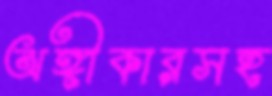
অঙ্গীকারসহ